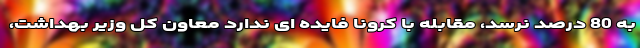
به 80 درصد نرسد، مقابله با کرونا فایده ای ندارد معاون کل وزیر بهداشت،